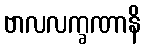
ဗာလလက္ခဏာနိ